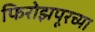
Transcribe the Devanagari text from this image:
फिरोझपूरच्या